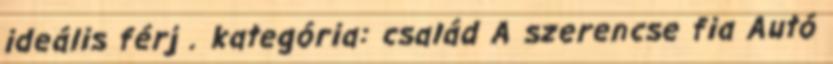
ideális férj . kategória: család A szerencse fia Autó